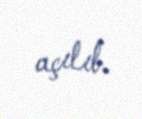
açılıb.